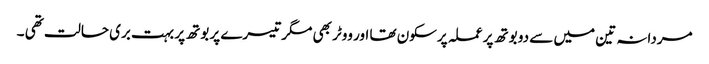
مردانہ تین میں سے دو بوتھ پر عملہ پرسکون تھا اور ووٹر بھی مگر تیسرے پر بوتھ پر بہت بری حالت تھی ۔